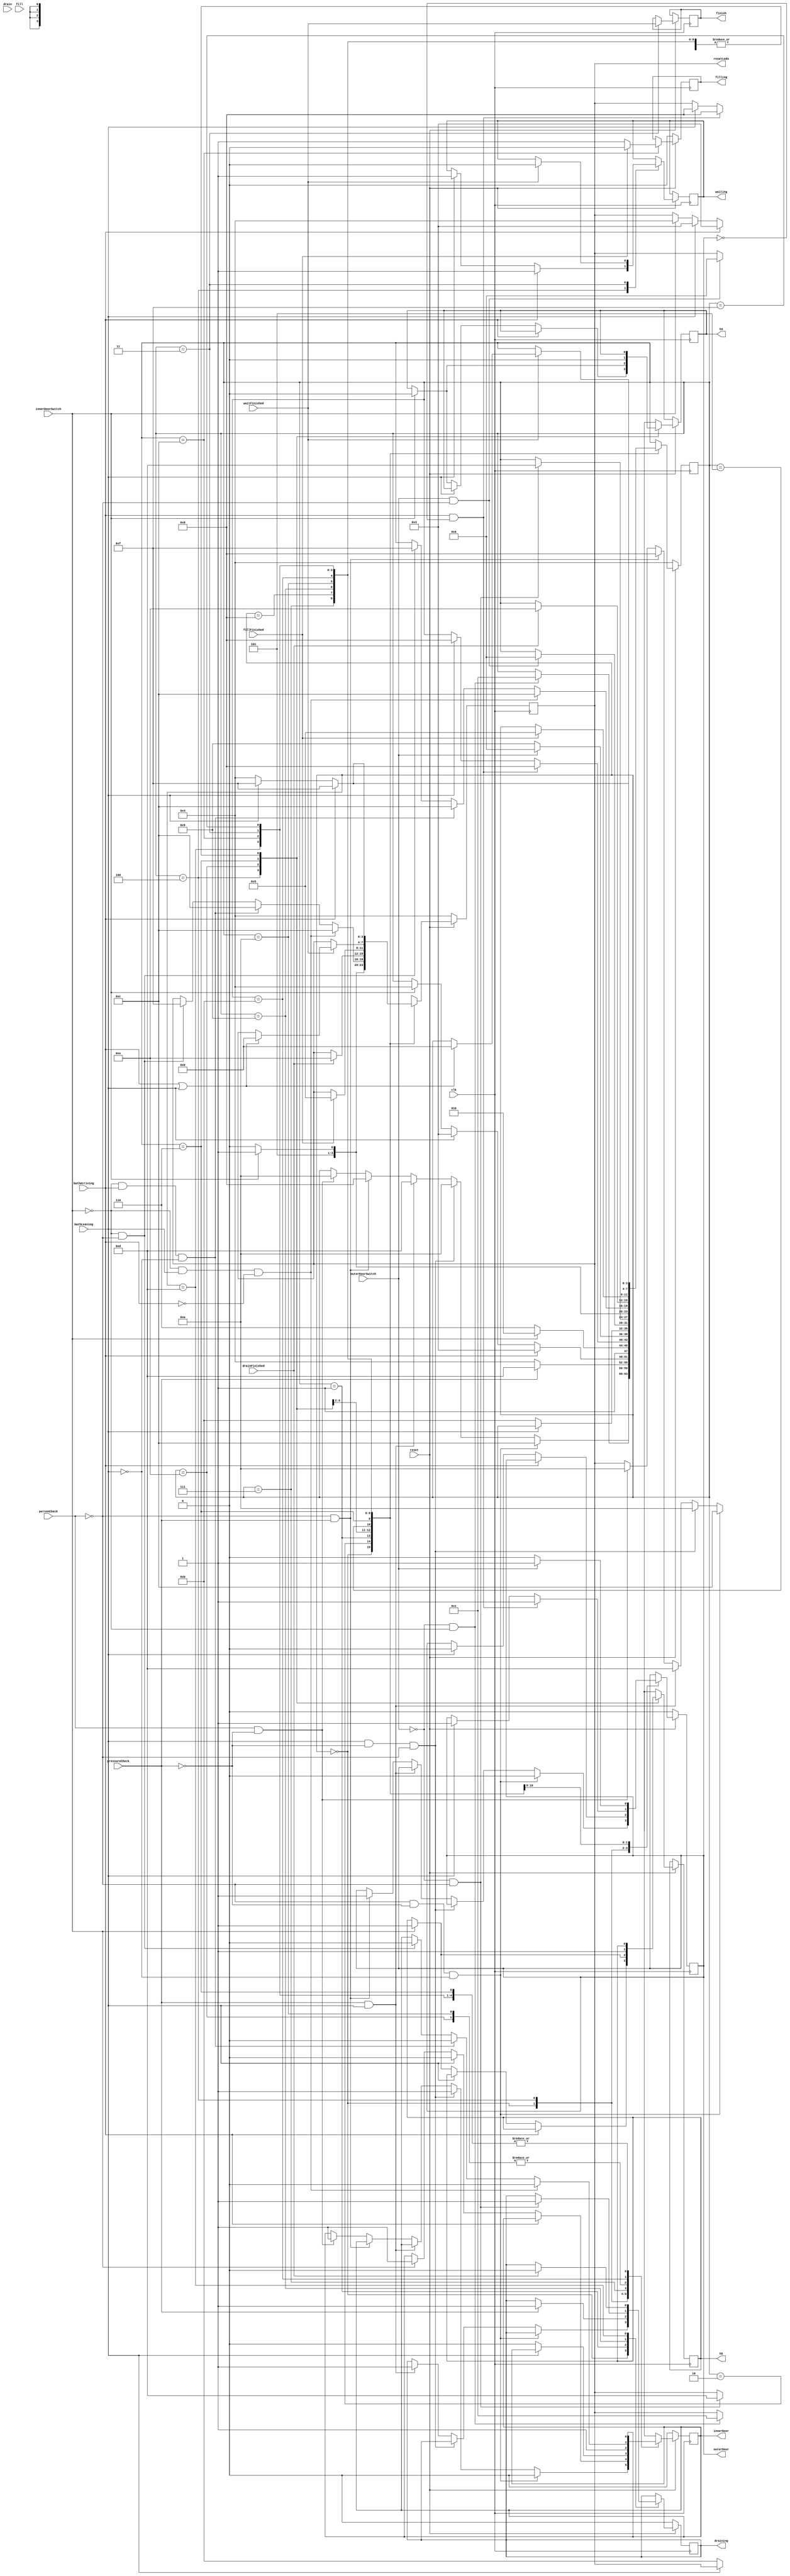
module interlock(
						filling, 
						draining, 
						innerDoor, 
						outerDoor, 
						resetLeds, 
						bathLeaving, 
						bathArriving, 
						personCheck, 
						pressureCheck, 
						drain, 
						fill, 
						innerDoorSwitch, 
						outerDoorSwitch, 
						clk, 
						reset, 
						drainFinished, 
						fillFinished, 
						waitFinished, 
						waiting, 		// Added
						finish,			// Added
						h5, 
						h4
					);
	
	input bathLeaving, 
			bathArriving, 
			personCheck, 
			pressureCheck, 
			drain, 
			fill,
			innerDoorSwitch, 
			outerDoorSwitch, 
			clk,
			reset,
			waitFinished,
			drainFinished, 
			fillFinished;
			
	output reg innerDoor, 
				  outerDoor;
	output reg [3:0] resetLeds; // Present state of the machine
	
	// Initialize added variables to 0
	initial begin
		waiting = 0;
		finish = 0;
	end
	
	output reg 	filling, 
				draining, 
				waiting,
				finish;
				  
	output reg h5, h4; // Displays 		  
				  
	reg [3:0] ps;
	
	wire nReset;
	not resetNot (nReset , reset);

	parameter [3:0] closedLow = 4'b0100, 
					closedHigh = 4'b0101;
	parameter [3:0] outerOpen = 4'b0110, 
					innerOpen = 4'b0111;
	parameter [3:0] swChkOutOpen = 4'b1000, 
					swChkOutClose = 4'b1001;
	parameter [3:0] swChkInOpen = 4'b1010, 
					swChkInClose = 4'b1011;
	parameter [3:0] timerFill = 4'b1100, 
					timerDrain = 4'b1101;
	parameter [3:0] resetting = 4'b0000, 
					pressureStatus = 4'b0001;
	parameter [3:0] doorStatus = 4'b0010, 
					waiting5 = 4'b0011;
	parameter [3:0] closedLowIn = 4'b1110;
	parameter [6:0] i = ~7'b0000110, 
						 n = ~7'b0110111, 
						 off = ~7'b0000000;
	parameter [3:0] bufferState = 4'b1111;
	
	
	
	
	always@(posedge clk) begin
		if (nReset) begin
				ps <= closedLow;
				resetLeds [3:0] <= closedLow;
				innerDoor <= 1'b0;
				outerDoor <= 1'b0;
				draining <= 0;
				filling <= 0;
		end else begin
			case (ps)
				resetting: begin
					if (!personCheck && !pressureCheck && !bathLeaving) begin
						ps <= timerFill;
						innerDoor <= 1'b0;
						outerDoor <= 1'b0;
						resetLeds <= timerFill;
					end
					else if (bathLeaving && !pressureCheck && !personCheck)
					begin 
					       ps <=swChkInOpen ;
							 resetLeds <= swChkInOpen; 
							 innerDoor <= 1'b1; 
					end 
					else if (pressureCheck && bathLeaving) 
					begin
					      ps <= timerDrain ;
							resetLeds <= timerDrain; 
							draining <= 1 ; 
							
					end 
					else if(!personCheck && pressureCheck)
					begin 
					     ps <= swChkOutOpen;
						  resetLeds <= swChkOutOpen;
						  outerDoor <= 1'b1; 
				   end 
					else if ( personCheck && !pressureCheck) 
					begin
				         ps <= swChkInOpen;
						   resetLeds <= swChkInOpen;
						   innerDoor <= 1'b1; 	
					end 
				end
				
				// Check the door status. Both the inner door and outter door
				// must be closed before moving to next state (checking pressure)
				doorStatus: begin
					if (!outerDoorSwitch && !innerDoorSwitch) begin
						ps <= pressureStatus;
						resetLeds <= pressureStatus; 
					end
				end
				
				pressureStatus: begin
					if (!pressureCheck) begin
						ps <= closedLow;
						resetLeds <= closedLow;
					end else begin
						ps <= timerDrain;
						draining <= 1;
						resetLeds <= timerDrain;
					end
				end
				
				closedLow: begin
					if (bathArriving) begin
							ps <= waiting5;
							waiting <= 1'b1;
							resetLeds <= waiting5;
					end else 
					if(bathLeaving) begin
							ps <= waiting5;
							innerDoor <= 1'b0;
							outerDoor <=1'b0;
							waiting <= 1'b1;
							resetLeds <= waiting5;
					end else 
					if (innerDoorSwitch) begin
						ps <= closedLow;
						innerDoor <= 1'b1;
						h5 <= i;
						h4 <= n;
						resetLeds <= closedLow;
					end	
				end
				
				closedLowIn: begin 
					if (!innerDoorSwitch) begin
						innerDoor <=1'b1; 
						ps <= closedLowIn;
						resetLeds <= closedLowIn;
					end else 
					if (innerDoorSwitch) begin 
						innerDoor <= 1'b1;
						h5 <=i;
						h4 <=n;
						ps <= swChkInOpen;
						resetLeds <= swChkInOpen;
					end 
					end  
				
				
				closedHigh: begin
					if (bathArriving && !outerDoor) begin
						ps <= swChkOutOpen;
						outerDoor <= 1'b1;
						resetLeds <= swChkOutOpen;
					end 
					else if (bathLeaving) begin
						ps <= swChkOutOpen;
						outerDoor <= 1'b1;
						resetLeds <= swChkOutOpen;
					end
				end
				
				outerOpen: begin
					if (outerDoorSwitch) begin
						h5 <= i;
						h4 <= n;
						ps <= outerOpen;
						outerDoor <= 1'b1;
						resetLeds <= outerOpen;
					end else if (!outerDoorSwitch) begin 
						h5 = i;
						h4 = n;
						outerDoor <= 1'b0;
						ps <= swChkOutClose;
						resetLeds <= swChkOutClose;
					end
				end
				
				innerOpen: begin
					if (!bathLeaving) begin
						ps <= swChkInClose;
						innerDoor <= 1'b0;
						resetLeds <= swChkInClose;
					end
				end
				
				swChkOutOpen: begin
					if (outerDoorSwitch && !personCheck) begin
						ps <= outerOpen;
						resetLeds <= outerOpen;
					end
				end
				
				swChkOutClose: begin
					if (!outerDoorSwitch && !personCheck) begin
						ps <= timerDrain;
						draining <= 1'b1;
						resetLeds <= timerDrain;
					end
				end
				
				swChkInOpen: begin
					if (!innerDoorSwitch) begin
						ps <= swChkInOpen;
						innerDoor = 1'b1;
						resetLeds = swChkInOpen;
					end 
					else if (innerDoorSwitch)
					begin
					     ps<= swChkInClose;
						  innerDoor <= 1'b1; 
						  resetLeds <= swChkInClose;
					end 
				end
				
				swChkInClose: begin
				        if (!innerDoorSwitch && bathLeaving && !bathArriving) 
						  begin
						        ps <= timerFill;
								  resetLeds <= timerFill;
								  innerDoor <= 1'b0;  
						  end 
						  else if (!innerDoorSwitch && bathArriving && !bathLeaving)
						  begin
									ps <= timerFill;
									resetLeds <= timerFill; 
								   innerDoor <= 1'b0;
						  end
					else if (!innerDoorSwitch && !personCheck) begin
						ps <= bufferState;
						innerDoor <= 1'b0;
						resetLeds <= bufferState;
					end
				end
				
				timerDrain: begin
					if (drainFinished) begin
						ps <= closedLowIn;
						draining <= 1'b0;
						resetLeds <= closedLowIn;
					end
				end
				
				timerFill: begin	
					filling<=1'b1;
					if (fillFinished) begin
						ps <= closedHigh;
						filling <= 1'b0;
						resetLeds <= closedHigh;
					end
				end
				
				waiting5: begin
					finish <= waitFinished;
					if (waitFinished) begin
					   if (bathArriving || bathLeaving) 
						begin
					        ps <= resetting;
							  resetLeds<= resetting;  
						end 
						waiting <= 1'b0;
					end
				end
				
				bufferState: begin
					if (bathArriving) begin 
						ps <= bufferState;
						resetLeds <= bufferState;
					end else 
					if (bathLeaving) begin
						ps <= bufferState;
						resetLeds <= bufferState;
					end else begin 
						ps <= closedLow;
						resetLeds <= closedLow;
					end 
				end 
				
				default: resetLeds [3:0] <= 4'b0001;
				
			endcase
		end
	end

endmodule